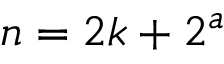
n = 2 k + 2 ^ { a }